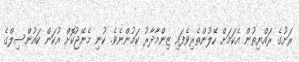
ރަށުގެ ރައްޔިތުން އެކަމަށް ހޭލުންތެރިވެފައި ޒިންމާދާރު ކަމުންނެވެ. ކުނި މެނޭޖުކޮށް އުކަން ކައުންސިލްގެ